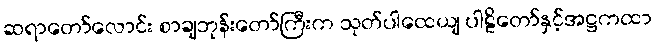
ဆရာတော်လောင်း စာချဘုန်းတော်ကြီးက သုတ်ပါထေယျ ပါဠိတော်နှင့်အဋ္ဌကထာ